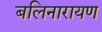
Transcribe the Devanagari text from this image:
बलिनारायण